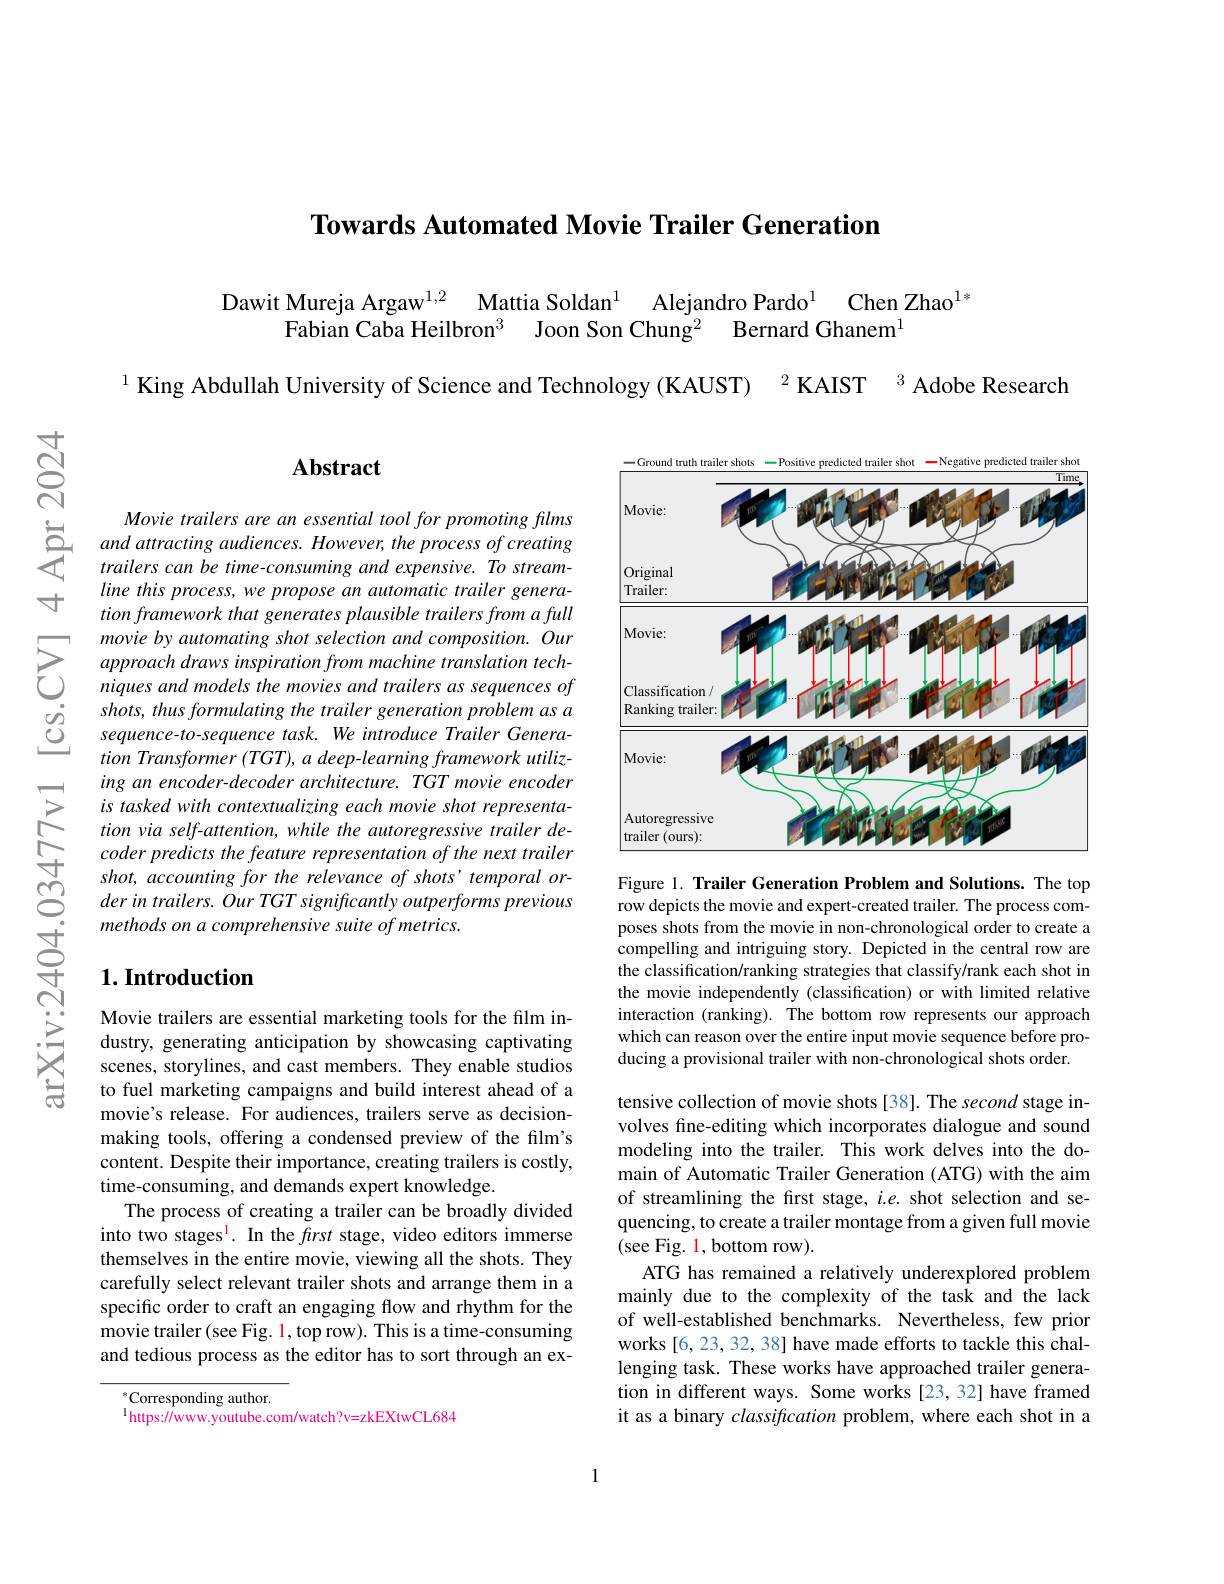
Towards Automated Movie Trai

Dawit Mureja Argaw$^{1, 2}$ M
Alejandro Pardo$^{1}$ Chen Zhao$^{1*}$
Fabian Caba Heilbron$^3$ Joo

$^{3}$ Adobe Research

$^{1}$ King Abdullah University of Science and Technology (KAUST) $^{2}$ KAIST

$હું$

寸

## $\mathbf{Abstract}$

$\begin{aligned}Movie~trailers~are~an~esse\end{aligned}$
line this process, we propos tion framework that generate
$\sum_{\begin{array}{cc}\text{movie by automating shot selection and composition. Our}\\&\text{approach draws inspiration from machine translation tech-}\\\text{C}&\text{niques and models the movies and trailers as sequences of}\end{array}}$
shots, thus formulating the sequence-to-sequence task. We introduce Trailer Genera- $tion\textit{ Transformer ( TGT) , a deep- learning framework utiliz- }$ ing an encoder- decoder arch is tasked with contextualizing each movie shot representation via self-attention, whi coder predicts the feature representation of the next trailer shot, accounting for the relevance of shots' temporal order in trailers. Our TGT significantly outperforms previous methods on a comprehensive suite of metrics.

## $1. \textbf{Introduction}$

Movie trailers are essential marketing tools for the film industry, generating anticipat scenes, storylines, and cast members. They enable studios to fuel marketing campaigns and build interest ahead of a movie's release. For audiences, trailers serve as decisionmaking tools, offering a con content. Despite their importance, creating trailers is costly, time-consuming, and demands expert knowledge.
The process of creating a tr into two stages$^{\mathrm{l}}.$ In themselves in the entire mov carefully select relevant trailer shots and arrange them in a specific order to craft an e movie trailer (see Fig. 1, top row). This is a time-consuming and tedious process as the editor has to sort through an ex-

$^{*}$Corresponding author.
$^{\mathrm{l}}$https://www.youtube.com/watch?v=zkEXtwCL684

<FigureHere>

Figure 1. Trailer Generation row depicts the movie and expert-created trailer. The process composes shots from the movie i compelling and intriguing story. Depicted in the central row are the classification/ranking s the movie independently (cla interaction (ranking). The b which can reason over the entire input movie sequence before producing a provisional trailer with non-chronological shots order.

tensive collection of movie volves fine-editing which incorporates dialogue and sound modeling into the trailer. This work delves into the domain of Automatic Trailer Generation (ATG) with the aim of streamlining the first stage, $i.e.$ shot selection and sequencing, to create a trailer montage from a given full movie (see Fig. 1, bottom row).
ATG has remained a relatively underexplored problem mainly due to the complexity of the task and the lack of well-established benchmarks. Nevertheless, few prior works [6, 23, 32, 38] have made efforts to tackle this challenging task. These works ha tion in different ways. Some it as a binary classification problem, where each shot in a

1